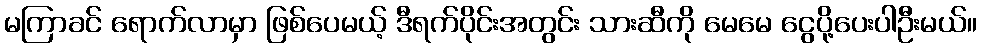
မကြာခင် ရောက်လာမှာ ဖြစ်ပေမယ့် ဒီရက်ပိုင်းအတွင်း သားဆီကို မေမေ ငွေပို့ပေးပါဦးမယ်။